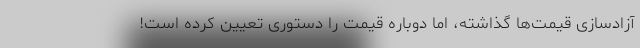
آزادسازی قیمت‌ها گذاشته، اما دوباره قیمت را دستوری تعیین کرده است!